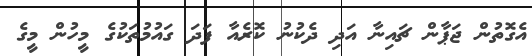
އެގޮތުން ޖަޕާން ޗައިނާ އަދި ދެކުނު ކޮރެއާ ފަދަ ގައުމުތަކުގެ މީހުން މީގެ